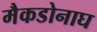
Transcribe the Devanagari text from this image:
मैकडोनाघ